Annual report of the Prince of Wales Medical College, Patna
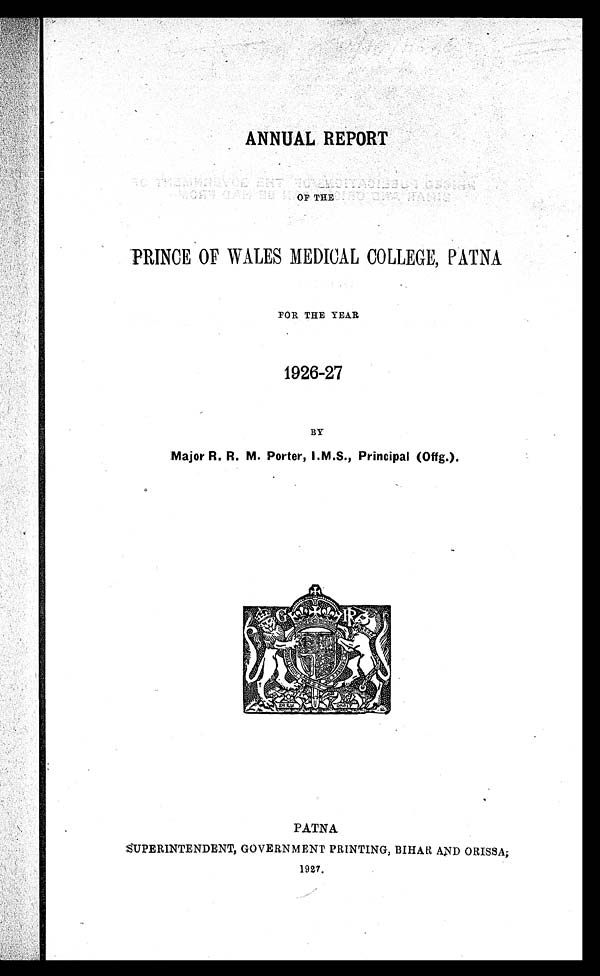
ANNUAL REPORT
OF THE
PRINCE OF WALES MEDICAL COLLEGE, PATNA
FOR THE YEAR
1926-27
BY
Major R. R. M. Porter, I.M.S., Principal (Offg.).
PATNA
SUPERINTENDENT, GOVERNMENT PRINTING, BIHAR AND ORISSA,
1927.